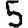
Digit: 5